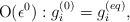
LaTeX: \begin{align*}{\rm O}(\epsilon ^0): g_i^{(0)}=g_i^{(eq)},\end{align*}